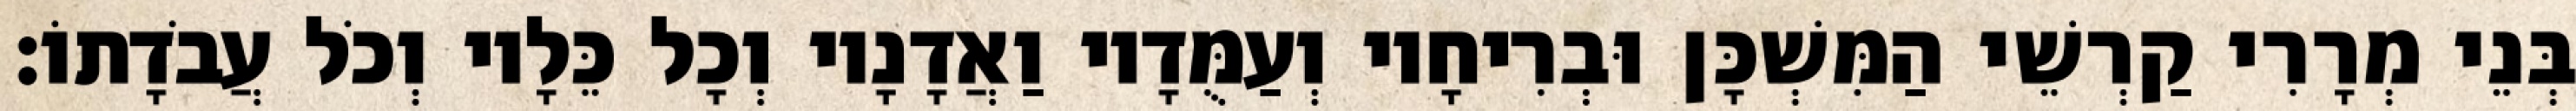
בְּנֵי מְרָרִי קַרְשֵׁי הַמִּשְׁכָּן וּבְרִיחָיו וְעַמֻּדָיו וַאֲדָנָיו וְכָל כֵּלָיו וְכֹל עֲבֹדָתוֹ׃